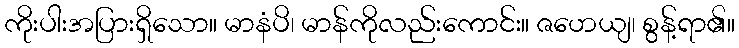
ကိုးပါးအပြားရှိသော။ မာနံပိ၊ မာန်ကိုလည်းကောင်း။ ဇဟေယျ၊ စွန့်ရာ၏။